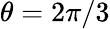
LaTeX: \theta=2\pi/3